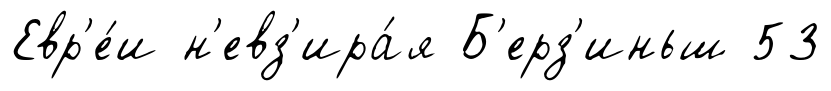
Евр'е́и н'евз'ира́я Б'ерз'иньш 53